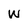
Character: W